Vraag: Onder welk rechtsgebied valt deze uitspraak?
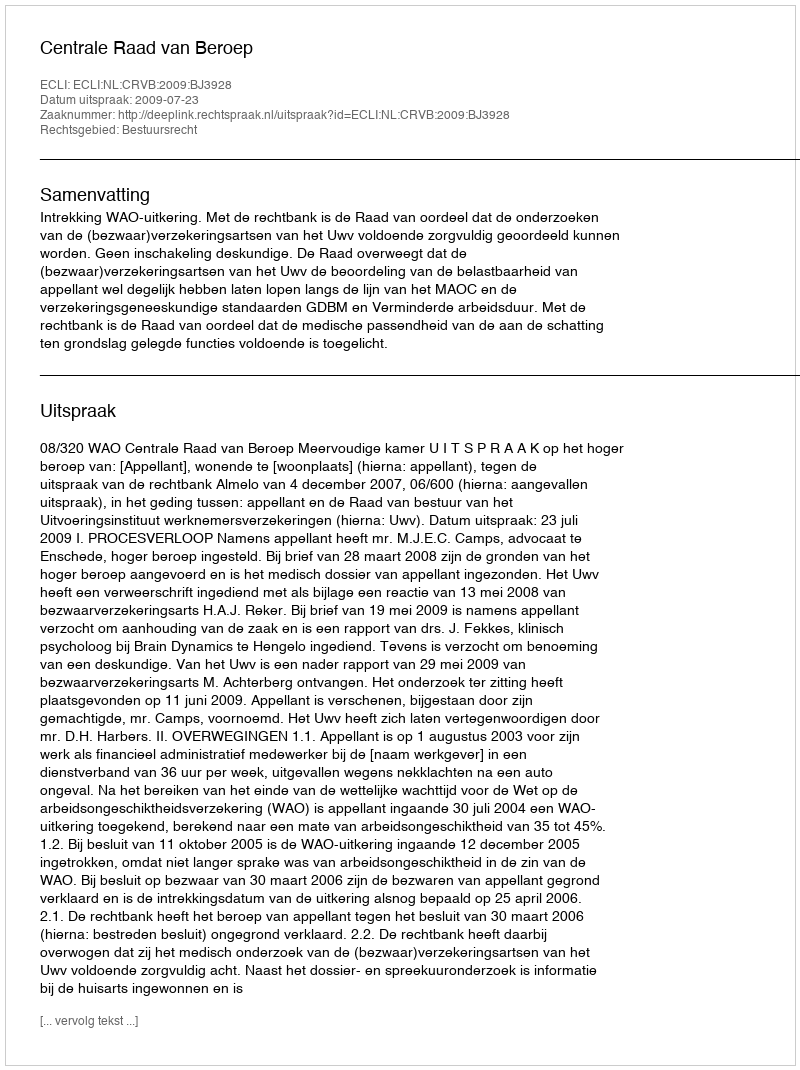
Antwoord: Bestuursrecht